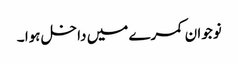
نوجوان کمرے میں داخل ہوا ۔